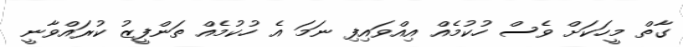
ގާތް މީހަކަށް ވެސް ހުކުމެއް އިއްވައިފި ނަމަ އެ ހުކުމެއް ތަންފީޒު ކުރައްވާނީ